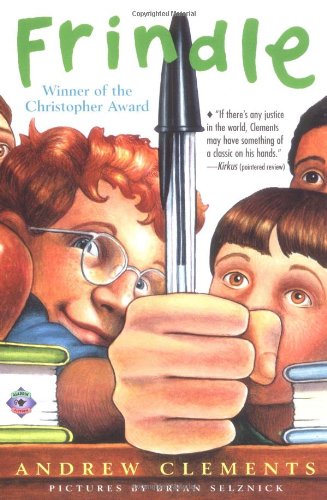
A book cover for Frindle; Andrew Clements; Reference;